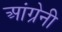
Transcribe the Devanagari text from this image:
आंग्रेनी